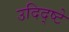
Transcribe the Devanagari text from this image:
उदिद्ष्टे